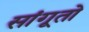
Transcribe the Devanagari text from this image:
सांगूतो